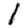
Digit: 1